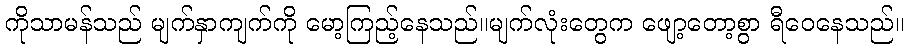
ကိုသာမန်သည် မျက်နှာကျက်ကို မော့ကြည့်နေသည်။မျက်လုံးတွေက ဖျော့တော့စွာ ရီဝေနေသည်။